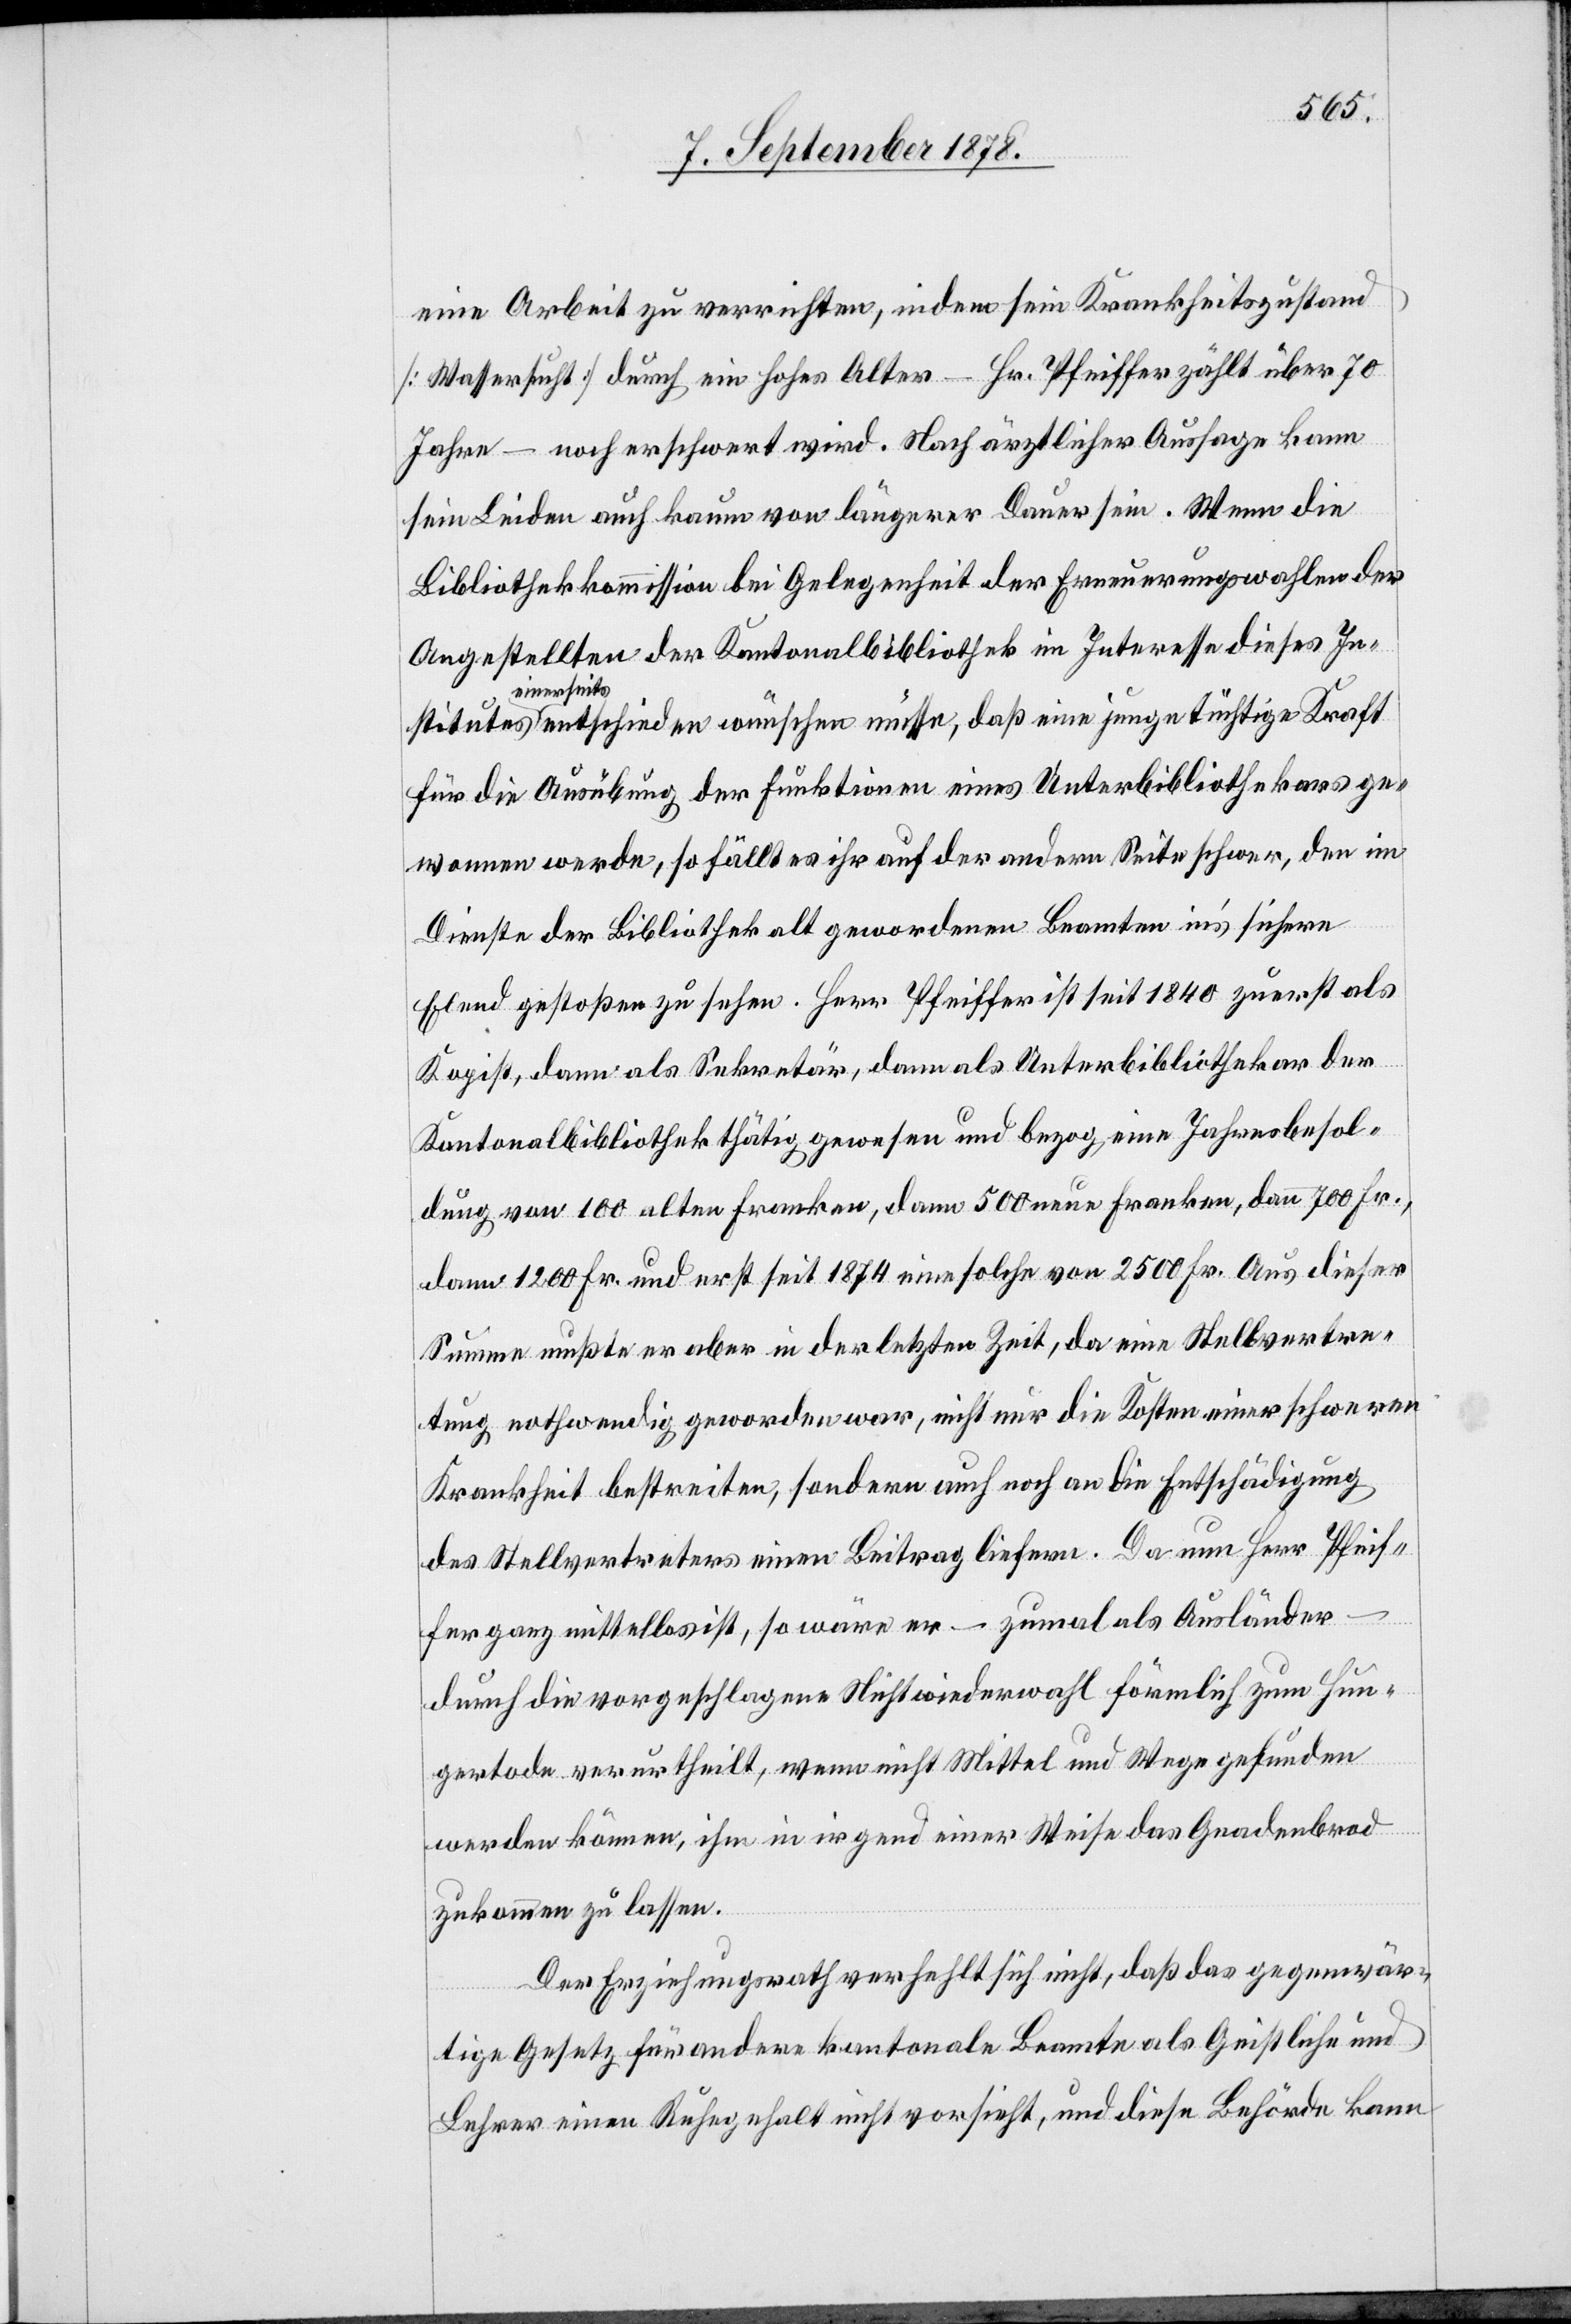
eine Arbeit zu verrichten, indem sein Krankheitszustand
[Wassersucht] durch ein hohes Alter – Hr. Pfeiffer zählt über 70
Jahre – noch erschwert wird. Nach ärztlicher Aussage kann
sein Leiden auch kaum von längerer Dauer sein. Wenn die
Bibliothekarkommission bei Gelegenheit der Erneuerungswahlen der
Angestellten der Kantonalbibliothek im Interesse dieses In¬
seits entschieden wünschen müsse, daß eine junge tüchtige Kraft
für die Ausübung der Funktionen eines Unterblibliothekars ge¬
wonnen werde, so fällt es ihr auf der andern Seite schwer, den im
einer¬
Dienste der Bibliothek alt gewordenen Beamten in’s sichere
Elend gestoßen zu sehen. Herr Pfeiffer ist seit 1840 zuerst als
Kopist, dann als Sekretär, dann als Unterbibliothekar der
Kantonalbibliothek thätig gewesen und bezog eine Jahresbesol¬
dung von 100 alten Franken, dann 500 neuen Franken, dann 700 Fr.,
dann 1200 Fr. und erst seit 1874 eine solche von 2500 Fr. Aus dieser
Summe mußte er aber in der letzten Zeit, da eine Stellvertre¬
tung nothwendig geworden war, nicht nur die Kosten einer schweren
Krankheit bestreiten, sondern auch noch an die Entschädigung
des Stellvertreters einen Beitrag liefern. Da nun Herr Pfeif¬
fer ganz mittellos ist, so wäre er – zumal als Ausländer
durch die vorgeschlagene Nichtwiederwahl förmlich zum Hun¬
gertode verurtheilt, wenn nicht Mittel und Wege gefunden
werden können, ihm in irgend einer Weise das Gnadenbrod
zukommen zu lassen.
Der Erziehungsrath verfehlt sich nicht, daß das gegenwär¬
tige Gesetz für andere kantonale Beamte als Geistliche und
Lehrer einen Ruhegehalt nicht vorsieht, und diese Behörde kann